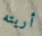
أريته